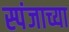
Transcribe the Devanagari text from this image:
स्पंजाच्या